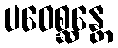
ပဝေစ္ဆန္တေ